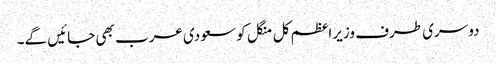
دوسری طرف وزیراعظم کل منگل کو سعودی عرب بھی جائیں گے۔